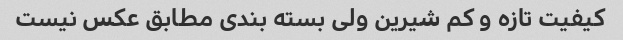
کیفیت تازه و کم شیرین ولی بسته بندی مطابق عکس نیست